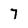
Character: 7